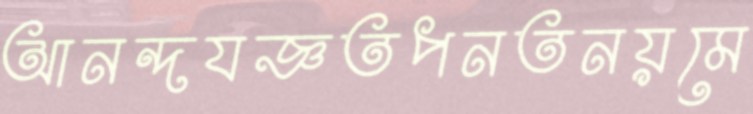
আনন্দযজ্ঞতপনতনয়মে